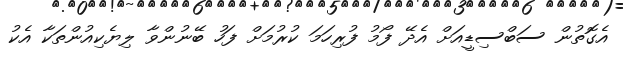
އެގޮތުން ސަބްސިޑީއަށް އެދޭ ފޯމު ފުރިހަމަ ކުރުމަށް ފަހު ބޭނުންވާ ލިޔެކިއުންތަކާ އެކު